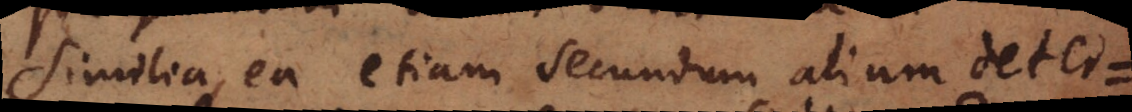
similia, ea etiam secundum alium deter